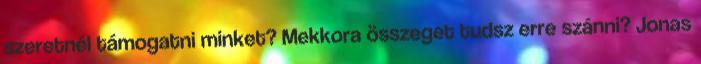
szeretnél támogatni minket? Mekkora összeget tudsz erre szánni? Jonas